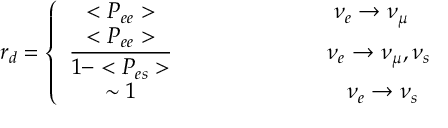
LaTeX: r _ { d } = { \displaystyle \left\{ \begin{array} { c c } { { < P _ { e e } > } } & { { ~ ~ ~ ~ ~ ~ ~ ~ ~ ~ ~ ~ ~ ~ ~ ~ \nu _ { e } \rightarrow \nu _ { \mu } } } \\ { { \displaystyle { { \frac { < { P } _ { e e } > } { 1 - < { P } _ { e s } > } } } } } & { { ~ ~ ~ ~ ~ ~ ~ ~ ~ ~ ~ ~ ~ ~ ~ ~ ~ ~ \nu _ { e } \rightarrow \nu _ { \mu } , \nu _ { s } } } \\ { { \sim 1 } } & { { ~ ~ ~ ~ ~ ~ ~ ~ ~ ~ ~ ~ ~ ~ ~ ~ ~ ~ ~ \nu _ { e } \rightarrow \nu _ { s } } } \end{array} \right. }